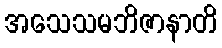
အသေသမဘိဇာနာတိ